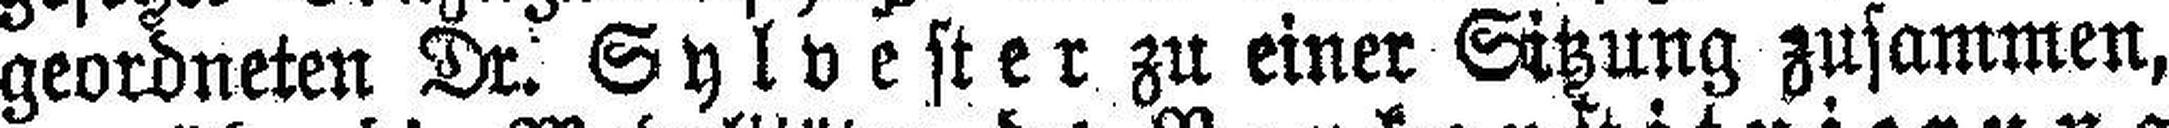
geordneten Dr. Sylvester zu einer Sitzung zusammen,